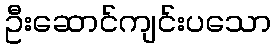
ဦးဆောင်ကျင်းပသော